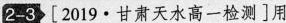
2-3 [2019 · 甘肃天水高一检测]用